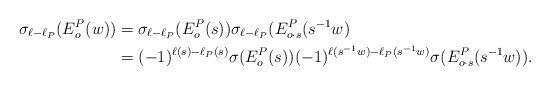
LaTeX: \begin{align*}\sigma_{\ell - \ell_P}(E_o^P(w)) & = \sigma_{\ell - \ell_P}(E^P_o(s))\sigma_{\ell - \ell_P}(E^P_{o\cdot s}(s^{-1}w)\\& = (-1)^{\ell(s) - \ell_P(s)}\sigma(E^P_o(s))(-1)^{\ell(s^{-1}w) - \ell_P(s^{-1}w)}\sigma(E^P_{o\cdot s}(s^{-1}w)).\end{align*}